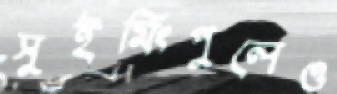
সুইমিংপুলেও